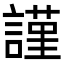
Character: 𧫴